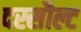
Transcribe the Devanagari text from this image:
दस्सौल्ट